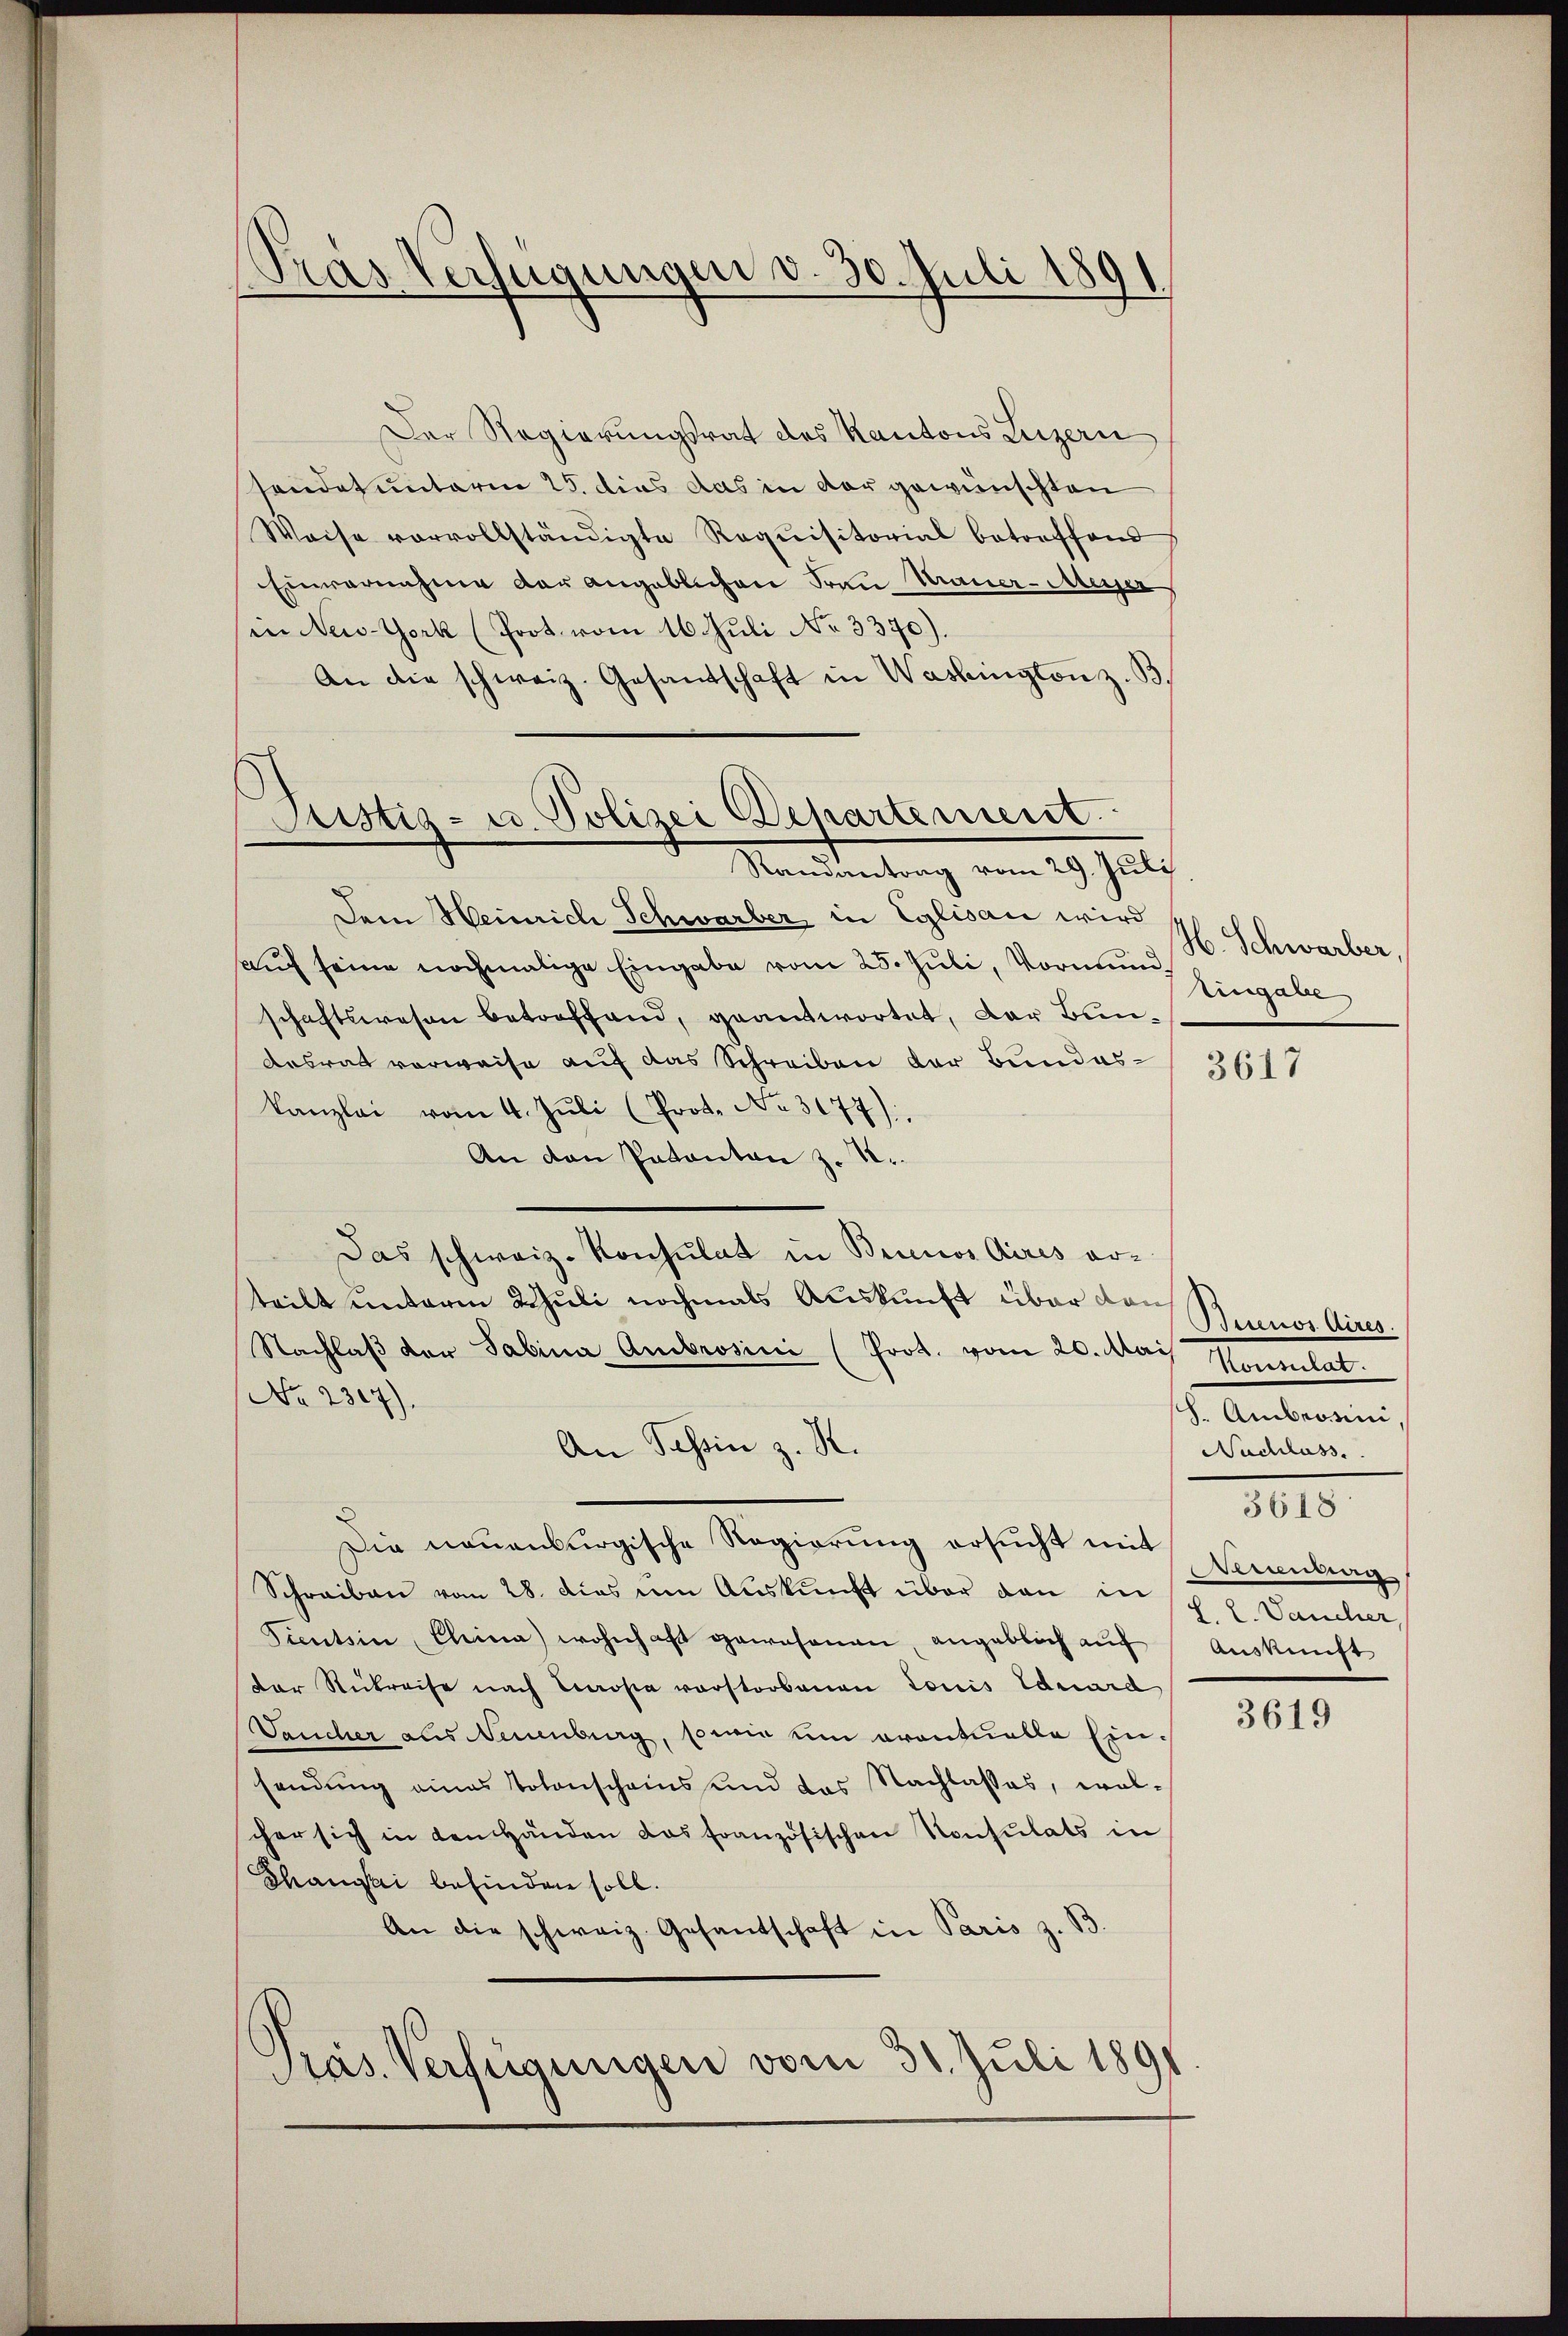
Pras Verfügungen d. 30. Juli 1891

Der Regierungsrat des Kantons Luzern
sendet unterm 25. dies das in der gewünschten
Weise vorvollständigte Requisitorial betreffend
Einvernahme der angeblichen Frau Mauer-Merser
in New-York (Prot. vom 16. Juli No 3370).
An die schweiz. Gesandtschaft in Washington z. B
Justiz- u. Polizei Departement
Randantrag vom 29. Juli

Dem Heinrich Schwarber in Eglisau wird
auch seine nochmalige Eingabe vom 25. Juli, Vormundschaftswesen betreffand, geantwortet, der Bundesrat verweise auf das Schreiben der Bundes- / 3611
Kanzlei vom 4. Jŭli (Prot. No. 3077)
An den Patanton z. R.
Das schweiz. Konsulat in Brinos Aires erteilt unterm Schuli nochmals Auskunft über dan
Nachlaβ der Sabina Ambrosini (Prot. vom 20. Mai Maumlat.
No 2307).
An Tessin z. R.
Die neuenburgische Regierung ersucht mit
Schreiben vom 28. dies um Auskunft über dan in p. 2. Vancher,
Fientin China wohnhaft gewesenen, angeblich aŭf Aŭskŭnft
der Stukreise nach Kropa vorstorbenen Louis Eduard
Jaucher aus Neuenburg, sowie um eventuelle Einsendung eines Totenscheins und das Nachlasses, wel-
cher sich in den Händen das französischen Konsulats in
Thanisai befinden soll.
An die schweiz. Gesandschaft in Paris z. B.
Präs. Verlegungen vom 31. Juli 1891

H. Schwarber,
Eingabe

Buenos Aires.
h. Amberein,
Nachlass
3618
Alenberg,

3619